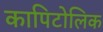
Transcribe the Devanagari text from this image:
कापिटोलिक